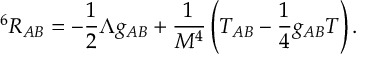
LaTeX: ^ 6 R _ { A B } = - \frac { 1 } { 2 } \Lambda g _ { A B } + \frac { 1 } { M ^ { 4 } } \left( T _ { A B } - \frac { 1 } { 4 } g _ { A B } T \right) .